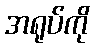
အရုပ်ကို